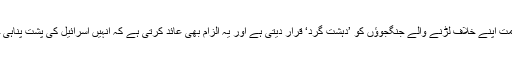
شامی حکومت اپنے خلاف لڑنے والے جنگجوؤں کو ’دہشت گرد‘ قرار دیتی ہے اور یہ الزام بھی عائد کرتی ہے کہ انہیں اسرائیل کی پشت پناہی حاصل ہے۔